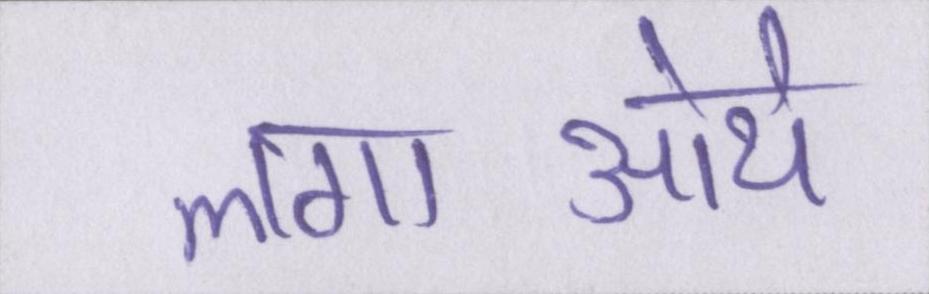
लगाऒये